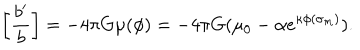
LaTeX: \left[ { \frac { b ^ { \prime } } { b } } \right] = - 4 \pi G \mu ( \phi ) = - 4 \pi G ( \mu _ { 0 } - \alpha e ^ { \kappa \phi ( \sigma _ { m } ) } ) .